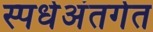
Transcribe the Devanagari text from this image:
स्पर्धेअंतर्गत